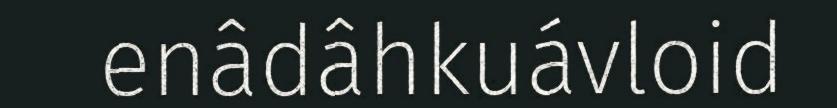
enâdâhkuávloid